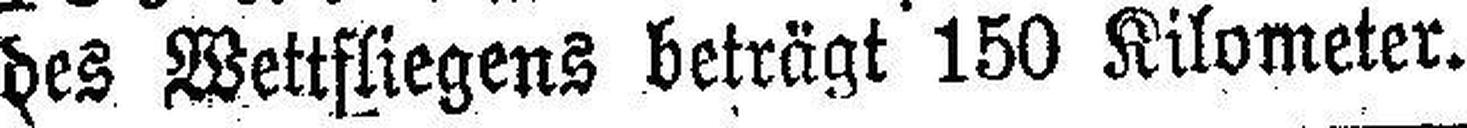
des Wettfliegens beträgt 150 Kilometer.